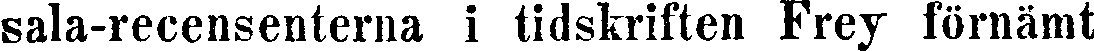
sala-recensenterna i tidskriften Frey förnämt